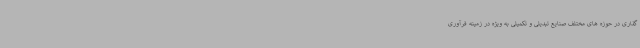
گذاری در حوزه های مختلف صنایع تبدیلی و تکمیلی به ویژه در زمینه فرآوری